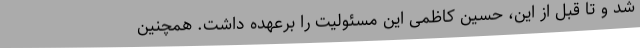
شد و تا قبل از این، حسین کاظمی این مسئولیت را برعهده داشت. همچنین